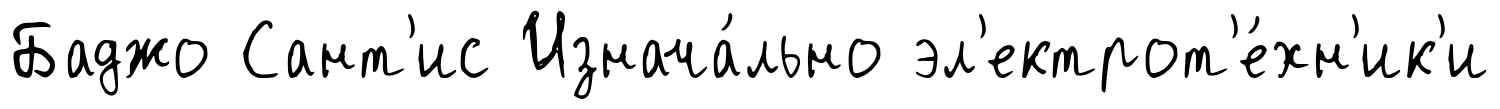
Баджо Сант'ис Изнача́льно эл'ектрот'е́хн'ик'и